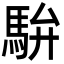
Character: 䮁